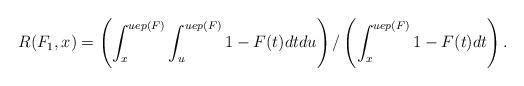
LaTeX: \begin{align*}R(F_1,x)=\left( \int_{x}^{uep(F)} \int_{u}^{uep(F)} 1-F(t)dt du \right)/\left( \int_{x}^{uep(F)} 1-F(t)dt \right). \end{align*}